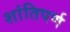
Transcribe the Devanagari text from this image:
शांतिपर्ण